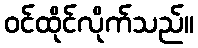
ဝင်ထိုင်လိုက်သည်။